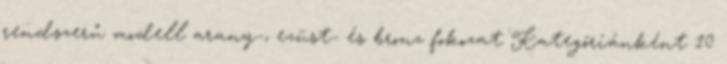
rendszerű modell arany-, ezüst- és bronz fokozat Kategóriánként 10